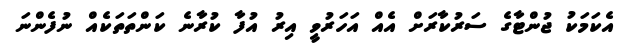
އެކަމަކު ޖުންޓާގެ ސަރުކާރަށް އެއް އަހަރުވީ އިރު އުފާ ކުރާނެ ކަންތަތަކެއް ނުފެންނަ